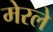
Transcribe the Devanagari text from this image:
मेरले